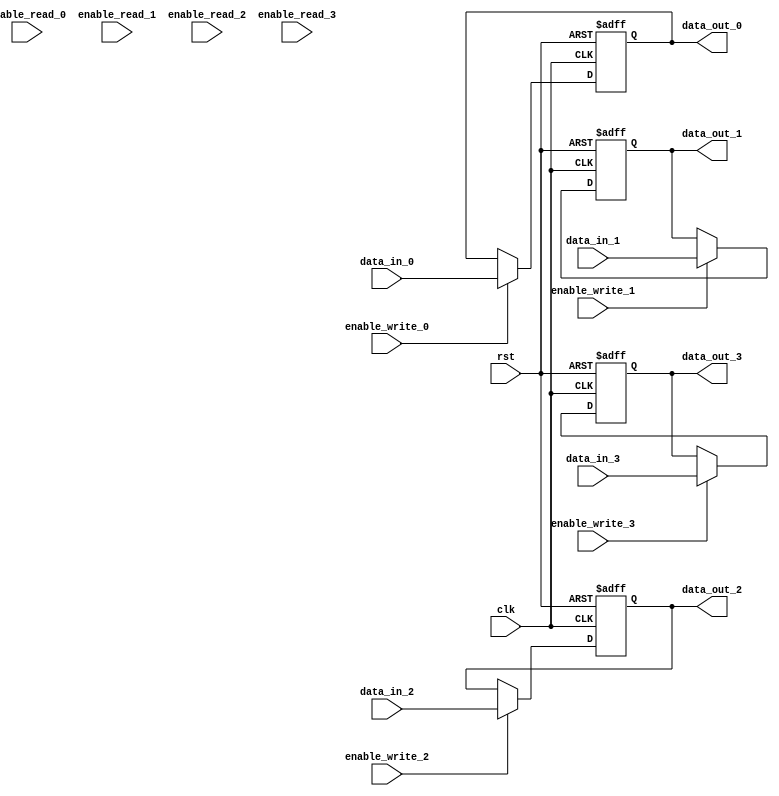
module BypassRegister(
    input wire clk,
    input wire rst,
    
    // Bypass register 0
    input wire [7:0] data_in_0,
    input wire enable_write_0,
    input wire enable_read_0,
    output reg [7:0] data_out_0,

    // Bypass register 1
    input wire [7:0] data_in_1,
    input wire enable_write_1,
    input wire enable_read_1,
    output reg [7:0] data_out_1,

    // Bypass register 2
    input wire [7:0] data_in_2,
    input wire enable_write_2,
    input wire enable_read_2,
    output reg [7:0] data_out_2,

    // Bypass register 3
    input wire [7:0] data_in_3,
    input wire enable_write_3,
    input wire enable_read_3,
    output reg [7:0] data_out_3
);

// Bypass register 0
always @(posedge clk or posedge rst) begin
    if (rst) begin
        data_out_0 <= 8'b0;
    end else begin
        if (enable_write_0) begin
            data_out_0 <= data_in_0;
        end
    end
end

// Bypass register 1
always @(posedge clk or posedge rst) begin
    if (rst) begin
        data_out_1 <= 8'b0;
    end else begin
        if (enable_write_1) begin
            data_out_1 <= data_in_1;
        end
    end
end

// Bypass register 2
always @(posedge clk or posedge rst) begin
    if (rst) begin
        data_out_2 <= 8'b0;
    end else begin
        if (enable_write_2) begin
            data_out_2 <= data_in_2;
        end
    end
end

// Bypass register 3
always @(posedge clk or posedge rst) begin
    if (rst) begin
        data_out_3 <= 8'b0;
    end else begin
        if (enable_write_3) begin
            data_out_3 <= data_in_3;
        end
    end
end

endmodule